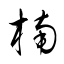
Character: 楠